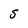
Character: S